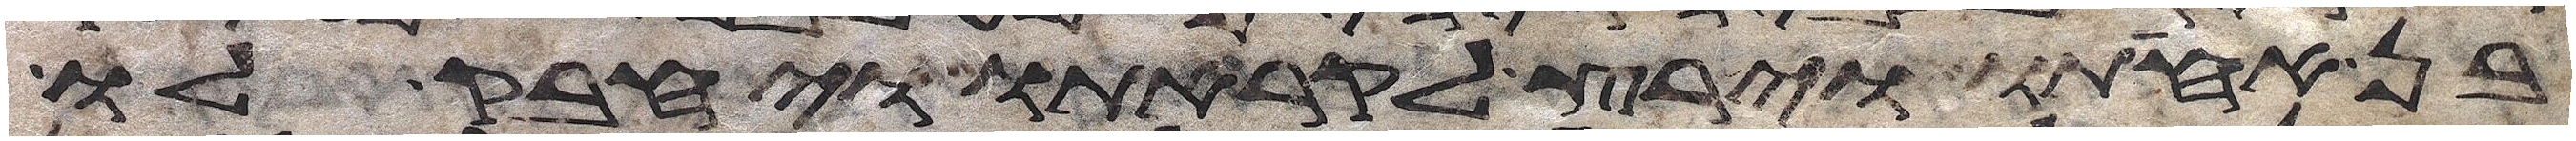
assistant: בן אחותו וירץ לקראתו ויחבק לו